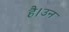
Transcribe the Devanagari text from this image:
है।उन